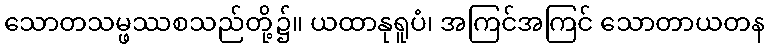
သောတသမ္ဖဿစသည်တို့၌။ ယထာနုရူပံ၊ အကြင်အကြင် သောတာယတန